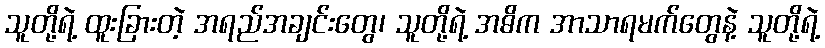
သူတို့ရဲ့ ထူးခြားတဲ့ အရည်အချင်းတွေ၊ သူတို့ရဲ့ အဓိက အာသာရမက်တွေနဲ့ သူတို့ရဲ့